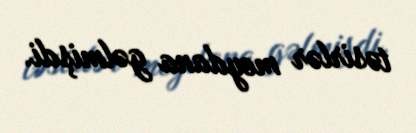
təsirlər meydana gəlmişdi.